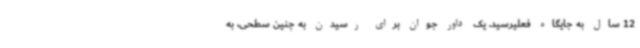
12 سال به جایگاه فعلیرسید. یک داور جوان برای رسیدن به چنین سطحی، به